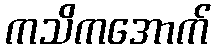
ကသိကအောက်